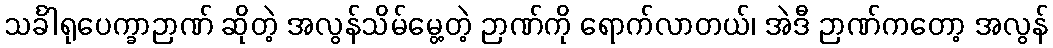
သင်္ခါရုပေက္ခာဉာဏ် ဆိုတဲ့ အလွန်သိမ်မွေ့တဲ့ ဉာဏ်ကို ရောက်လာတယ်၊ အဲဒီ ဉာဏ်ကတော့ အလွန်